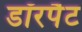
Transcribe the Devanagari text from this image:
डॉरपैट